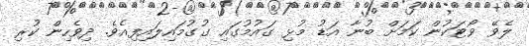
ލެވޭ ވޯޓަކުން ކަމަށް ބުނާ އަޑު މުޅި ގައުމުގައި ގުގުމައިލައިފިއެވެ. ދިވެހިން ކުރި